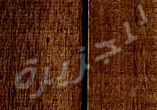
للجزيرة